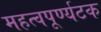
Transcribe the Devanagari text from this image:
महत्वपूर्ण्यटक